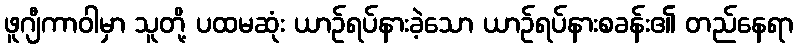
ဖူဂျီကာဝါမှာ သူတို့ ပထမဆုံး ယာဉ်ရပ်နားခဲ့သော ယာဉ်ရပ်နားစခန်း၏ တည်နေရာ